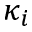
\kappa _ { i }